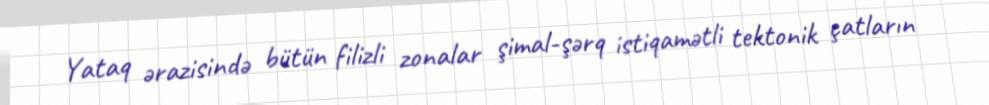
Yataq ərazisində bütün filizli zonalar şimal-şərq istiqamətli tektonik çatların